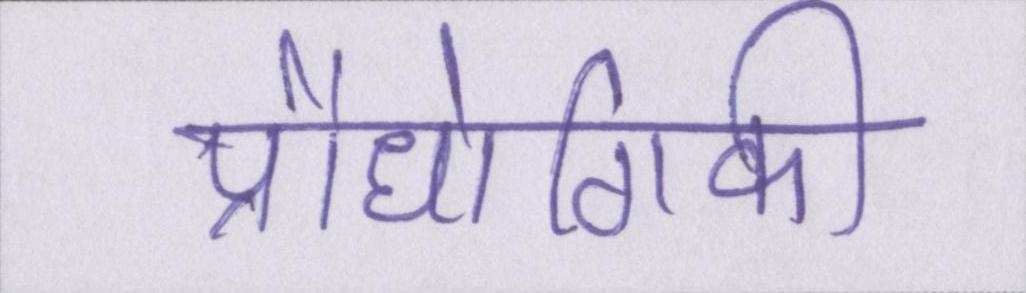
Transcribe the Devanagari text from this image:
प्रौधोगिकी